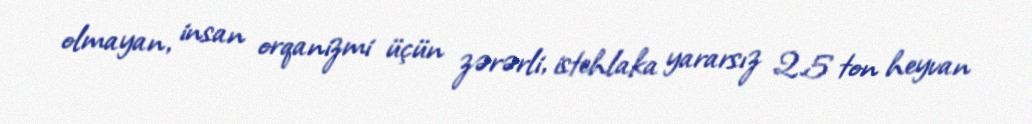
olmayan, insan orqanizmi üçün zərərli, istehlaka yararsız 2.5 ton heyvan